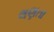
લણતા